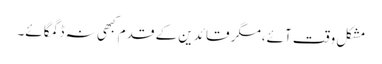
مشکل وقت آئے،مگر قائدین کے قدم کبھی نہ ڈگمگائے۔